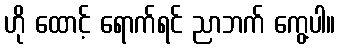
ဟို ထောင့် ရောက်ရင် ညာဘက် ကွေ့ပါ။